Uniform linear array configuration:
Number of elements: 32
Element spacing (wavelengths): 0.25
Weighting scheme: blackman
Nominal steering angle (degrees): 15
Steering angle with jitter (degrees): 14.513
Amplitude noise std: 0.05
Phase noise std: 0.05

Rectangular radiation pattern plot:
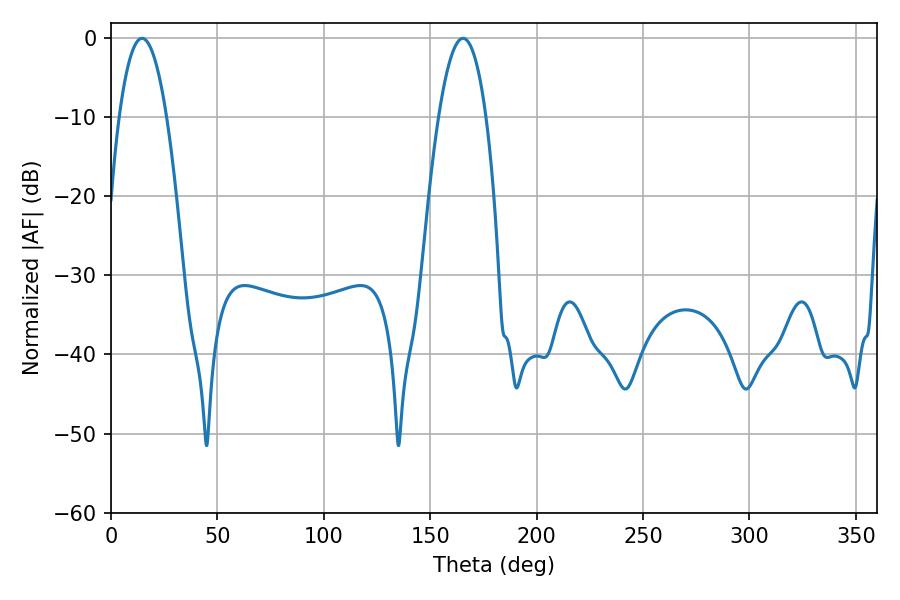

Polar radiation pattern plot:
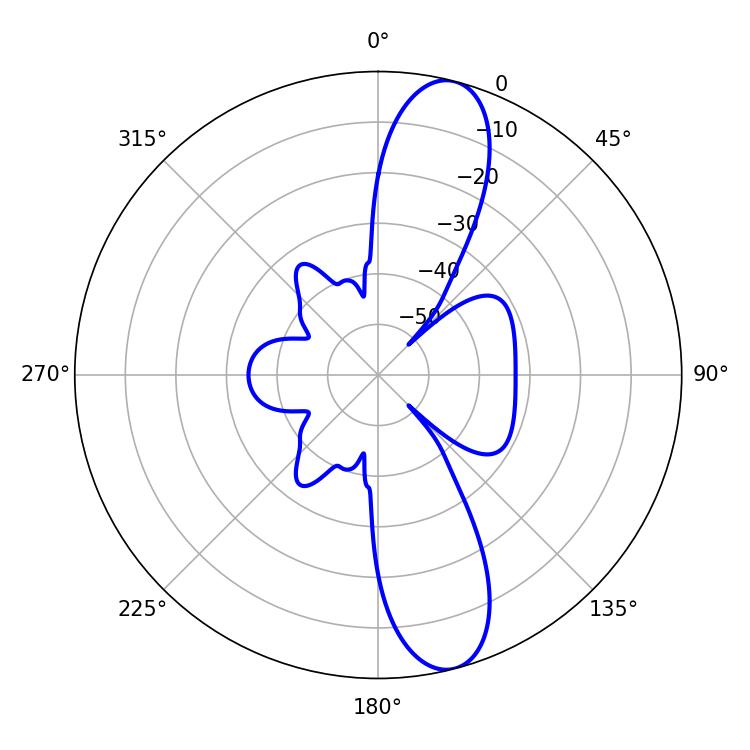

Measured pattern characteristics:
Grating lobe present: FALSE
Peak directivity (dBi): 12.304
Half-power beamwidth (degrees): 12.42
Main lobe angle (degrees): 14.58